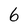
Character: 6